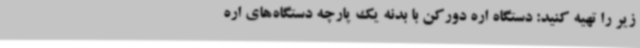
زیر را تهیه کنید: دستگاه اره دورکن با بدنه یک پارچه دستگاه‌های اره